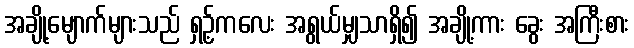
အချို့မျောက်များသည် ရှဥ့်ကလေး အရွယ်မျှသာရှိ၍ အချို့ကား ခွေး အကြီးစား